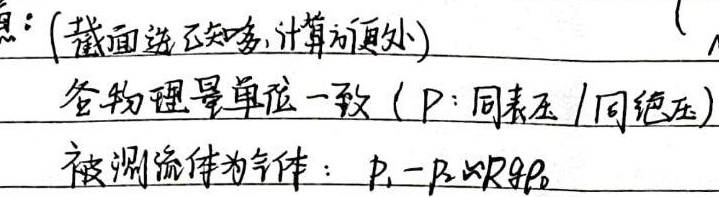
意：(截面选已知多, 计算方便处)各物理量单位一致（P：同表压/同绝压）被测流体为气体：
\(p_1 - p_2 \propto Rg\rho_0\)